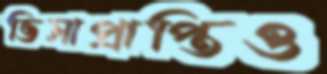
ভিসাপ্রাপ্তিও